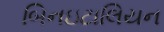
બિનઇટાલિયન